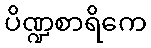
ပိဏ္ဍစာရိကေ